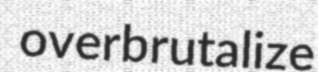
overbrutalize